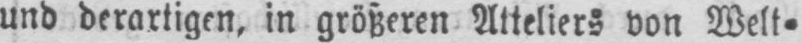
und derartigen, in größeren Atteliers von Welt⸗